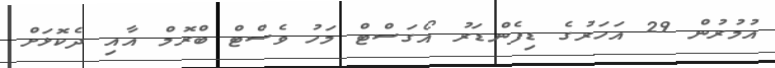
އުމުރުން 29 އަހަރުގެ ޑިފެންޑަރު އޯގަސްޓް މަހު ވެސްޓް ބްރޮމް އާއި ދެކޮޅަށް